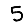
Digit: 5